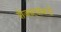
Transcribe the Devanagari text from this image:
शेजाऱ्यांकडे